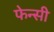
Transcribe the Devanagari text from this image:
फेन्सी